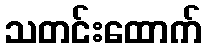
သတင်းထောက်